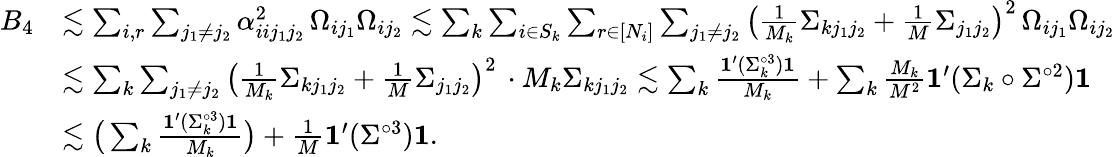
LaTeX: \begin{array}{rl}{B_{4}}&{\lesssim\sum_{i,r}\sum_{j_{1}\neq j_{2}}\alpha_{iij_{1}j_{2}}^{2}\, \Omega_{ij_{1}}\Omega_{ij_{2}}\lesssim\sum_{k}\sum_{i\in S_{k}}\sum_{r\in[N_{i}]}\sum_{j_{1}\neq j_{2}}\big(\frac{1}{M_{k}}\Sigma_{kj_{1}j_{2}}+\frac{1}{M}\Sigma_{j_{1}j_{2}}\big)^{2}\, \Omega_{ij_{1}}\Omega_{ij_{2}}}\\ &{\lesssim\sum_{k}\sum_{j_{1}\neq j_{2}}\big(\frac{1}{M_{k}}\Sigma_{kj_{1}j_{2}}+\frac{1}{M}\Sigma_{j_{1}j_{2}}\big)^{2}\, \cdot M_{k}\Sigma_{kj_{1}j_{2}}\lesssim\sum_{k}\frac{{\mathbf{1}}^{\prime}(\Sigma_{k}^{\circ 3}){\mathbf{1}}}{M_{k}}+\sum_{k}\frac{M_{k}}{M^{2}}{\mathbf{1}}^{\prime}(\Sigma_{k}\circ\Sigma^{\circ 2}){\mathbf{1}}}\\ &{\lesssim\big(\sum_{k}\frac{{\mathbf{1}}^{\prime}(\Sigma_{k}^{\circ 3}){\mathbf{1}}}{M_{k}}\big)+\frac{1}{M}\mathbf{1}^{\prime}(\Sigma^{\circ 3})\mathbf{1}.}\end{array}